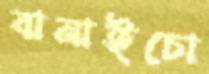
বানাইচো